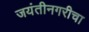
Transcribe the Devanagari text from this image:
जयंतीनगरीचा